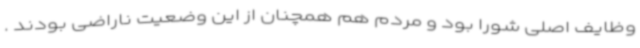
وظایف اصلی شورا بود و مردم هم همچنان از این وضعیت ناراضی بودند .